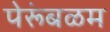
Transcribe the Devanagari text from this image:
पेरूंबळम